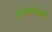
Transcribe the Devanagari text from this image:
पथांना